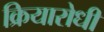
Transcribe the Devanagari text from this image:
क्रियारोधी